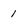
Character: 1